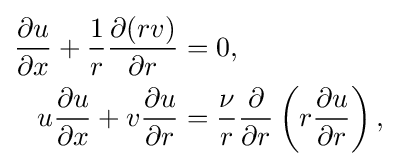
{\begin{aligned}{\frac {\partial u}{\partial x}}+{\frac {1}{r}}{\frac {\partial (rv)}{\partial r}}&=0,\\u{\frac {\partial u}{\partial x}}+v{\frac {\partial u}{\partial r}}&={\frac {\nu }{r}}{\frac {\partial }{\partial r}}\left(r{\frac {\partial u}{\partial r}}\right),\end{aligned}}